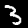
Digit: 3